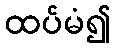
ထပ်မံ၍